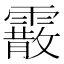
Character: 霰